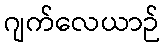
ဂျက်လေယာဉ်